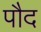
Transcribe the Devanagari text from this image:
पौद